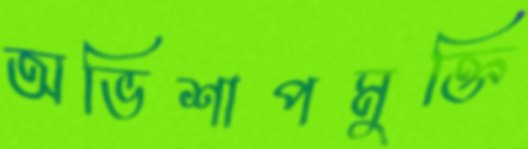
অভিশাপমুক্তি